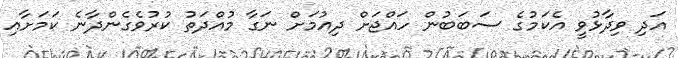
އަދި ވިދާޅުވީ އެކަމުގެ ސަބަބުން ހައްޖަށް ދިއުމަށް ނަގާ މުއްދަތު ކުރުވެގެންދާނެ ކަމަށާއި